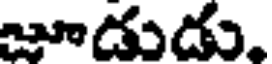
జూడుడు.